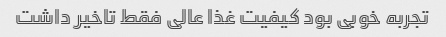
تجربه خوبی بود کیفیت غذا عالی فقط تاخیر داشت